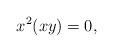
LaTeX: \begin{align*}x^2(xy)=0,\end{align*}